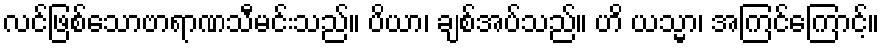
လင်ဖြစ်သောဗာရာဏသီမင်းသည်။ ပိယာ၊ ချစ်အပ်သည်။ ဟိ ယသ္မာ၊ အကြင်ကြောင့်။